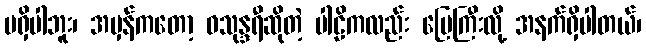
မရှိပါဘူး၊ အမှန်ကတော့ ဝသုန္ဒရီဆိုတဲ့ ပါဠိကလည်း မြေကြီးလို့ အနက်ရှိပါတယ်၊